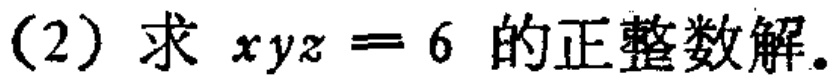
(2) 求 \(xyz = 6\) 的正整数解。